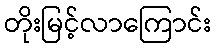
တိုးမြင့်လာကြောင်း